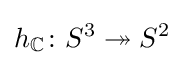
h_{\mathbb {C} }\colon S^{3}\twoheadrightarrow S^{2}